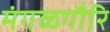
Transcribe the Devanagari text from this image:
मंगळगौरि